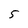
Character: 5